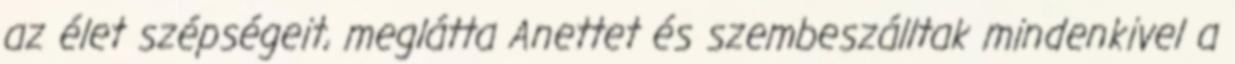
az élet szépségeit, meglátta Anettet és szembeszálltak mindenkivel a